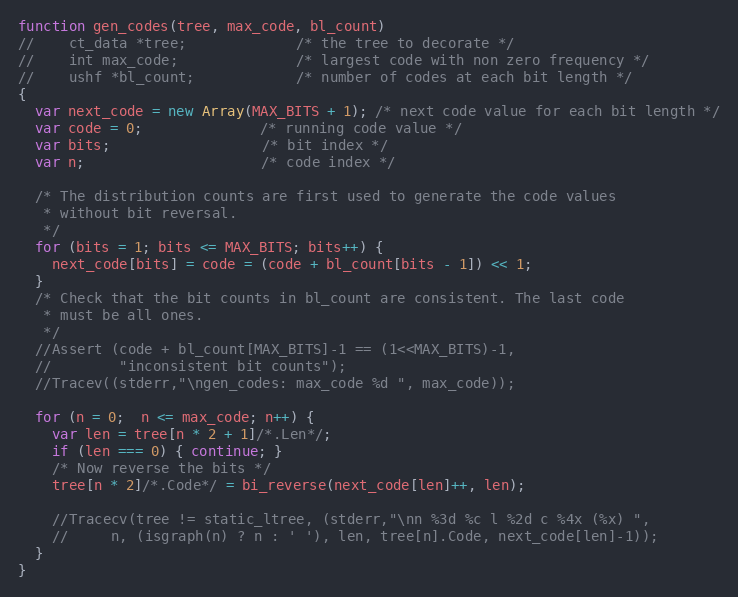
Language: JavaScript
function gen_codes(tree, max_code, bl_count)
//    ct_data *tree;             /* the tree to decorate */
//    int max_code;              /* largest code with non zero frequency */
//    ushf *bl_count;            /* number of codes at each bit length */
{
  var next_code = new Array(MAX_BITS + 1); /* next code value for each bit length */
  var code = 0;              /* running code value */
  var bits;                  /* bit index */
  var n;                     /* code index */

  /* The distribution counts are first used to generate the code values
   * without bit reversal.
   */
  for (bits = 1; bits <= MAX_BITS; bits++) {
    next_code[bits] = code = (code + bl_count[bits - 1]) << 1;
  }
  /* Check that the bit counts in bl_count are consistent. The last code
   * must be all ones.
   */
  //Assert (code + bl_count[MAX_BITS]-1 == (1<<MAX_BITS)-1,
  //        "inconsistent bit counts");
  //Tracev((stderr,"\ngen_codes: max_code %d ", max_code));

  for (n = 0;  n <= max_code; n++) {
    var len = tree[n * 2 + 1]/*.Len*/;
    if (len === 0) { continue; }
    /* Now reverse the bits */
    tree[n * 2]/*.Code*/ = bi_reverse(next_code[len]++, len);

    //Tracecv(tree != static_ltree, (stderr,"\nn %3d %c l %2d c %4x (%x) ",
    //     n, (isgraph(n) ? n : ' '), len, tree[n].Code, next_code[len]-1));
  }
}